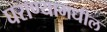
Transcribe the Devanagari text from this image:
घराण्यामधील